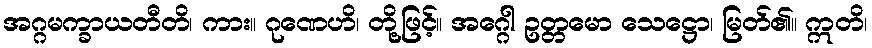
အဂ္ဂမက္ခာယတီတိ၊ ကား။ ဂုဏေဟိ၊ တို့ဖြင့်။ အဂ္ဂေါ ဥတ္တမော သေဋ္ဌော၊ မြတ်၏။ ဣတိ၊